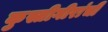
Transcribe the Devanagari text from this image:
कुस्तीगीरांची